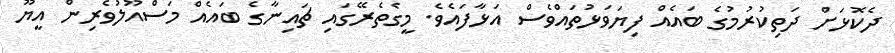
ދެކޮޅަށް ދަތިކުރުމުގެ ބައެއް ފިޔަވަޅުތައްވެސް އަޅާފައެވެ. މީގެތެރޭގައި ޗައިނާގެ ބައެއް މަސްއޫލުވެރިން އީޔޫ